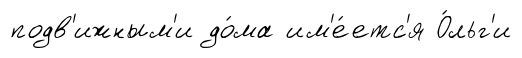
подв'ижным'и до́ма им'е́етс'я О́льг'и